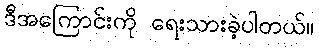
ဒီအကြောင်းကို ရေးသားခဲ့ပါတယ်။